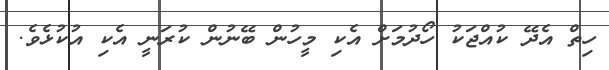
ހިތް އެދޭ ކުއްޖަކު ހޯދުމަށް އެކި މީހުން ބޭނުން ކުރަނީ އެކި އުކުޅެވެ.